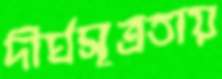
দীর্ঘসূত্রতায়